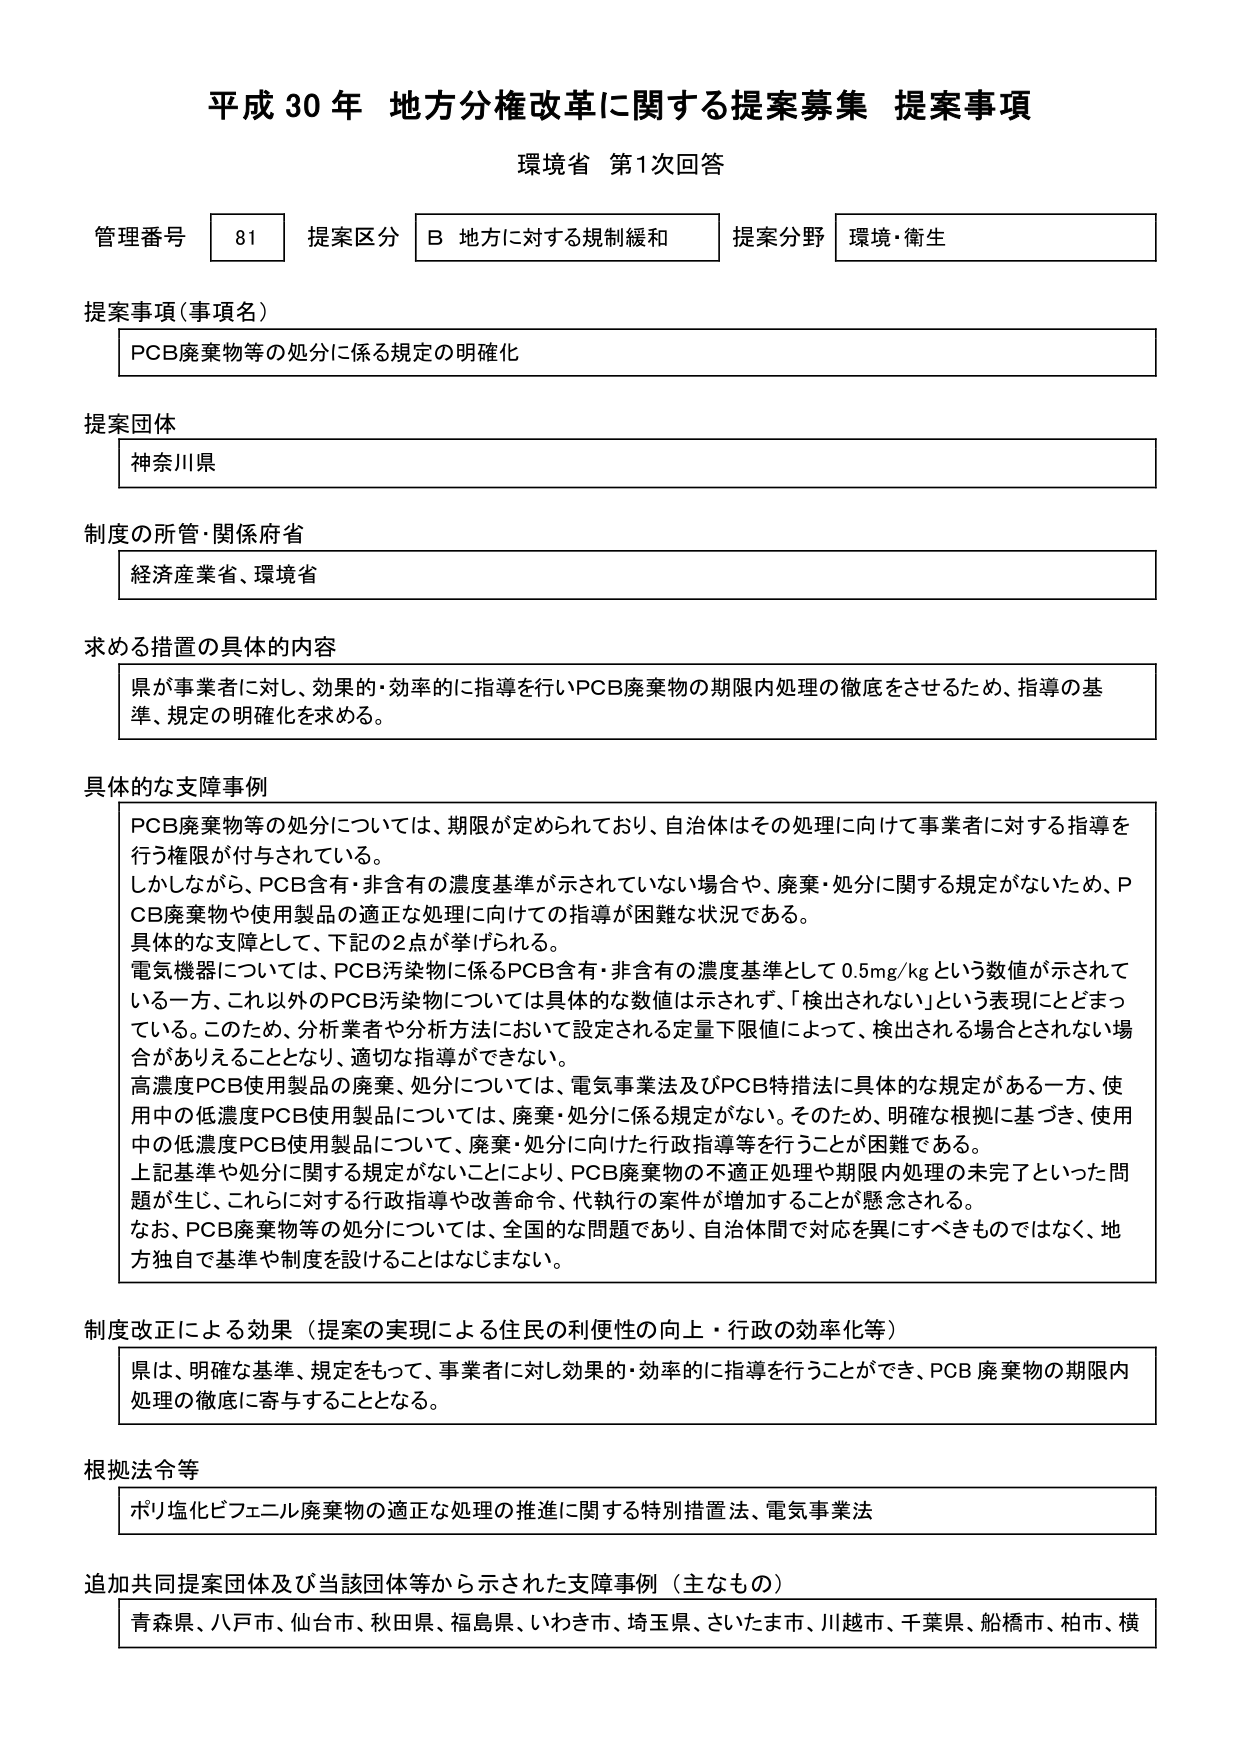
平成30年 地方分権改革に関する提案募集 提案事項
環境省 第1次回答

管理番号 81 提案区分 B 地方に対する規制緩和 提案分野 環境・衛生

提案事項（事項名）
PCB廃棄物等の処分に係る規定の明確化

提案団体
神奈川県

制度の所管・関係府省
経済産業省、環境省

求める措置の具体的内容
県が事業者に対し、効果的・効率的に指導を行いPCB廃棄物の期限内処理の徹底をさせるため、指導の基準、規定の明確化を求める。

具体的な支障事例
PCB廃棄物等の処分については、期限が定められており、自治体はその処理に向けて事業者に対する指導を行う権限が付与されている。
しかしながら、PCB含有・非含有の濃度基準が示されていない場合や、廃棄・処分に関する規定がないため、PCB廃棄物や使用製品の適正な処理に向けての指導が困難な状況である。
具体的な支障として、下記の2点が挙げられる。
電気機器については、PCB汚染物に係るPCB含有・非含有の濃度基準として0.5mg/kgという数値が示されている一方、これ以外のPCB汚染物については具体的な数値は示されず、「検出されない」という表現にとどまっている。このため、分析業者や分析方法において設定される定量下限値によって、検出される場合とされない場合がありえることとなり、適切な指導ができない。
高濃度PCB使用製品の廃棄・処分については、電気事業法及びPCB特措法に具体的な規定がある一方、使用中の低濃度PCB使用製品については、廃棄・処分に係る規定がない。そのため、明確な根拠に基づき、使用中の低濃度PCB使用製品について、廃棄・処分に向けた行政指導等を行うことが困難である。
上記基準や処分に関する規定がないことにより、PCB廃棄物の不適正処理や期限内処理の未完了といった問題が生じ、これらに対する行政指導や改善命令、代執行の案件が増加することが懸念される。
なお、PCB廃棄物等の処分については、全国的な問題であり、自治体間で対応を異にすべきものではなく、地方独自で基準や制度を設けることはなじまない。

制度改正による効果（提案の実現による住民の利便性の向上・行政の効率化等）
県は、明確な基準、規定をもって、事業者に対し効果的・効率的に指導を行うことができ、PCB廃棄物の期限内処理の徹底に寄与することとなる。

根拠法令等
ポリ塩化ビフェニル廃棄物の適正な処理の推進に関する特別措置法、電気事業法

追加共同提案団体及び当該団体等から示された支障事例（主なもの）
青森県、八戸市、仙台市、秋田県、福島県、いわき市、埼玉県、さいたま市、川越市、千葉県、船橋市、柏市、横